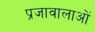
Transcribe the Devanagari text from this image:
प्रजावालाओं